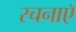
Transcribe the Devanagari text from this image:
रचनाएॅ